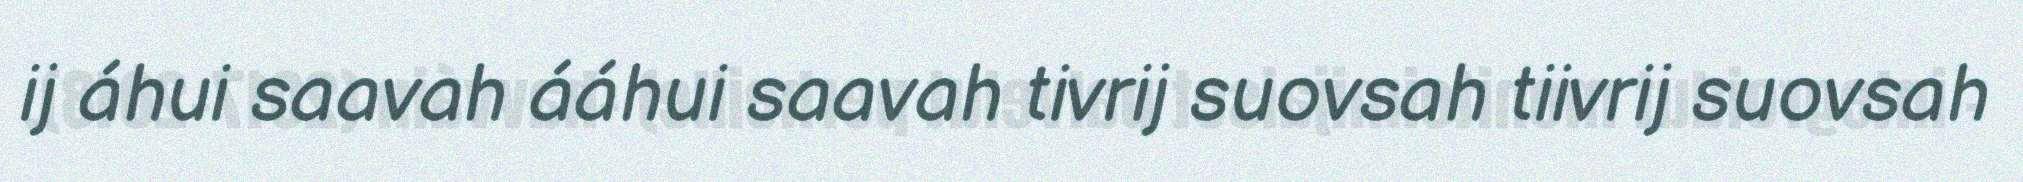
ij áhui saavah ááhui saavah tivrij suovsah tiivrij suovsah